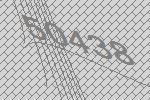
50438